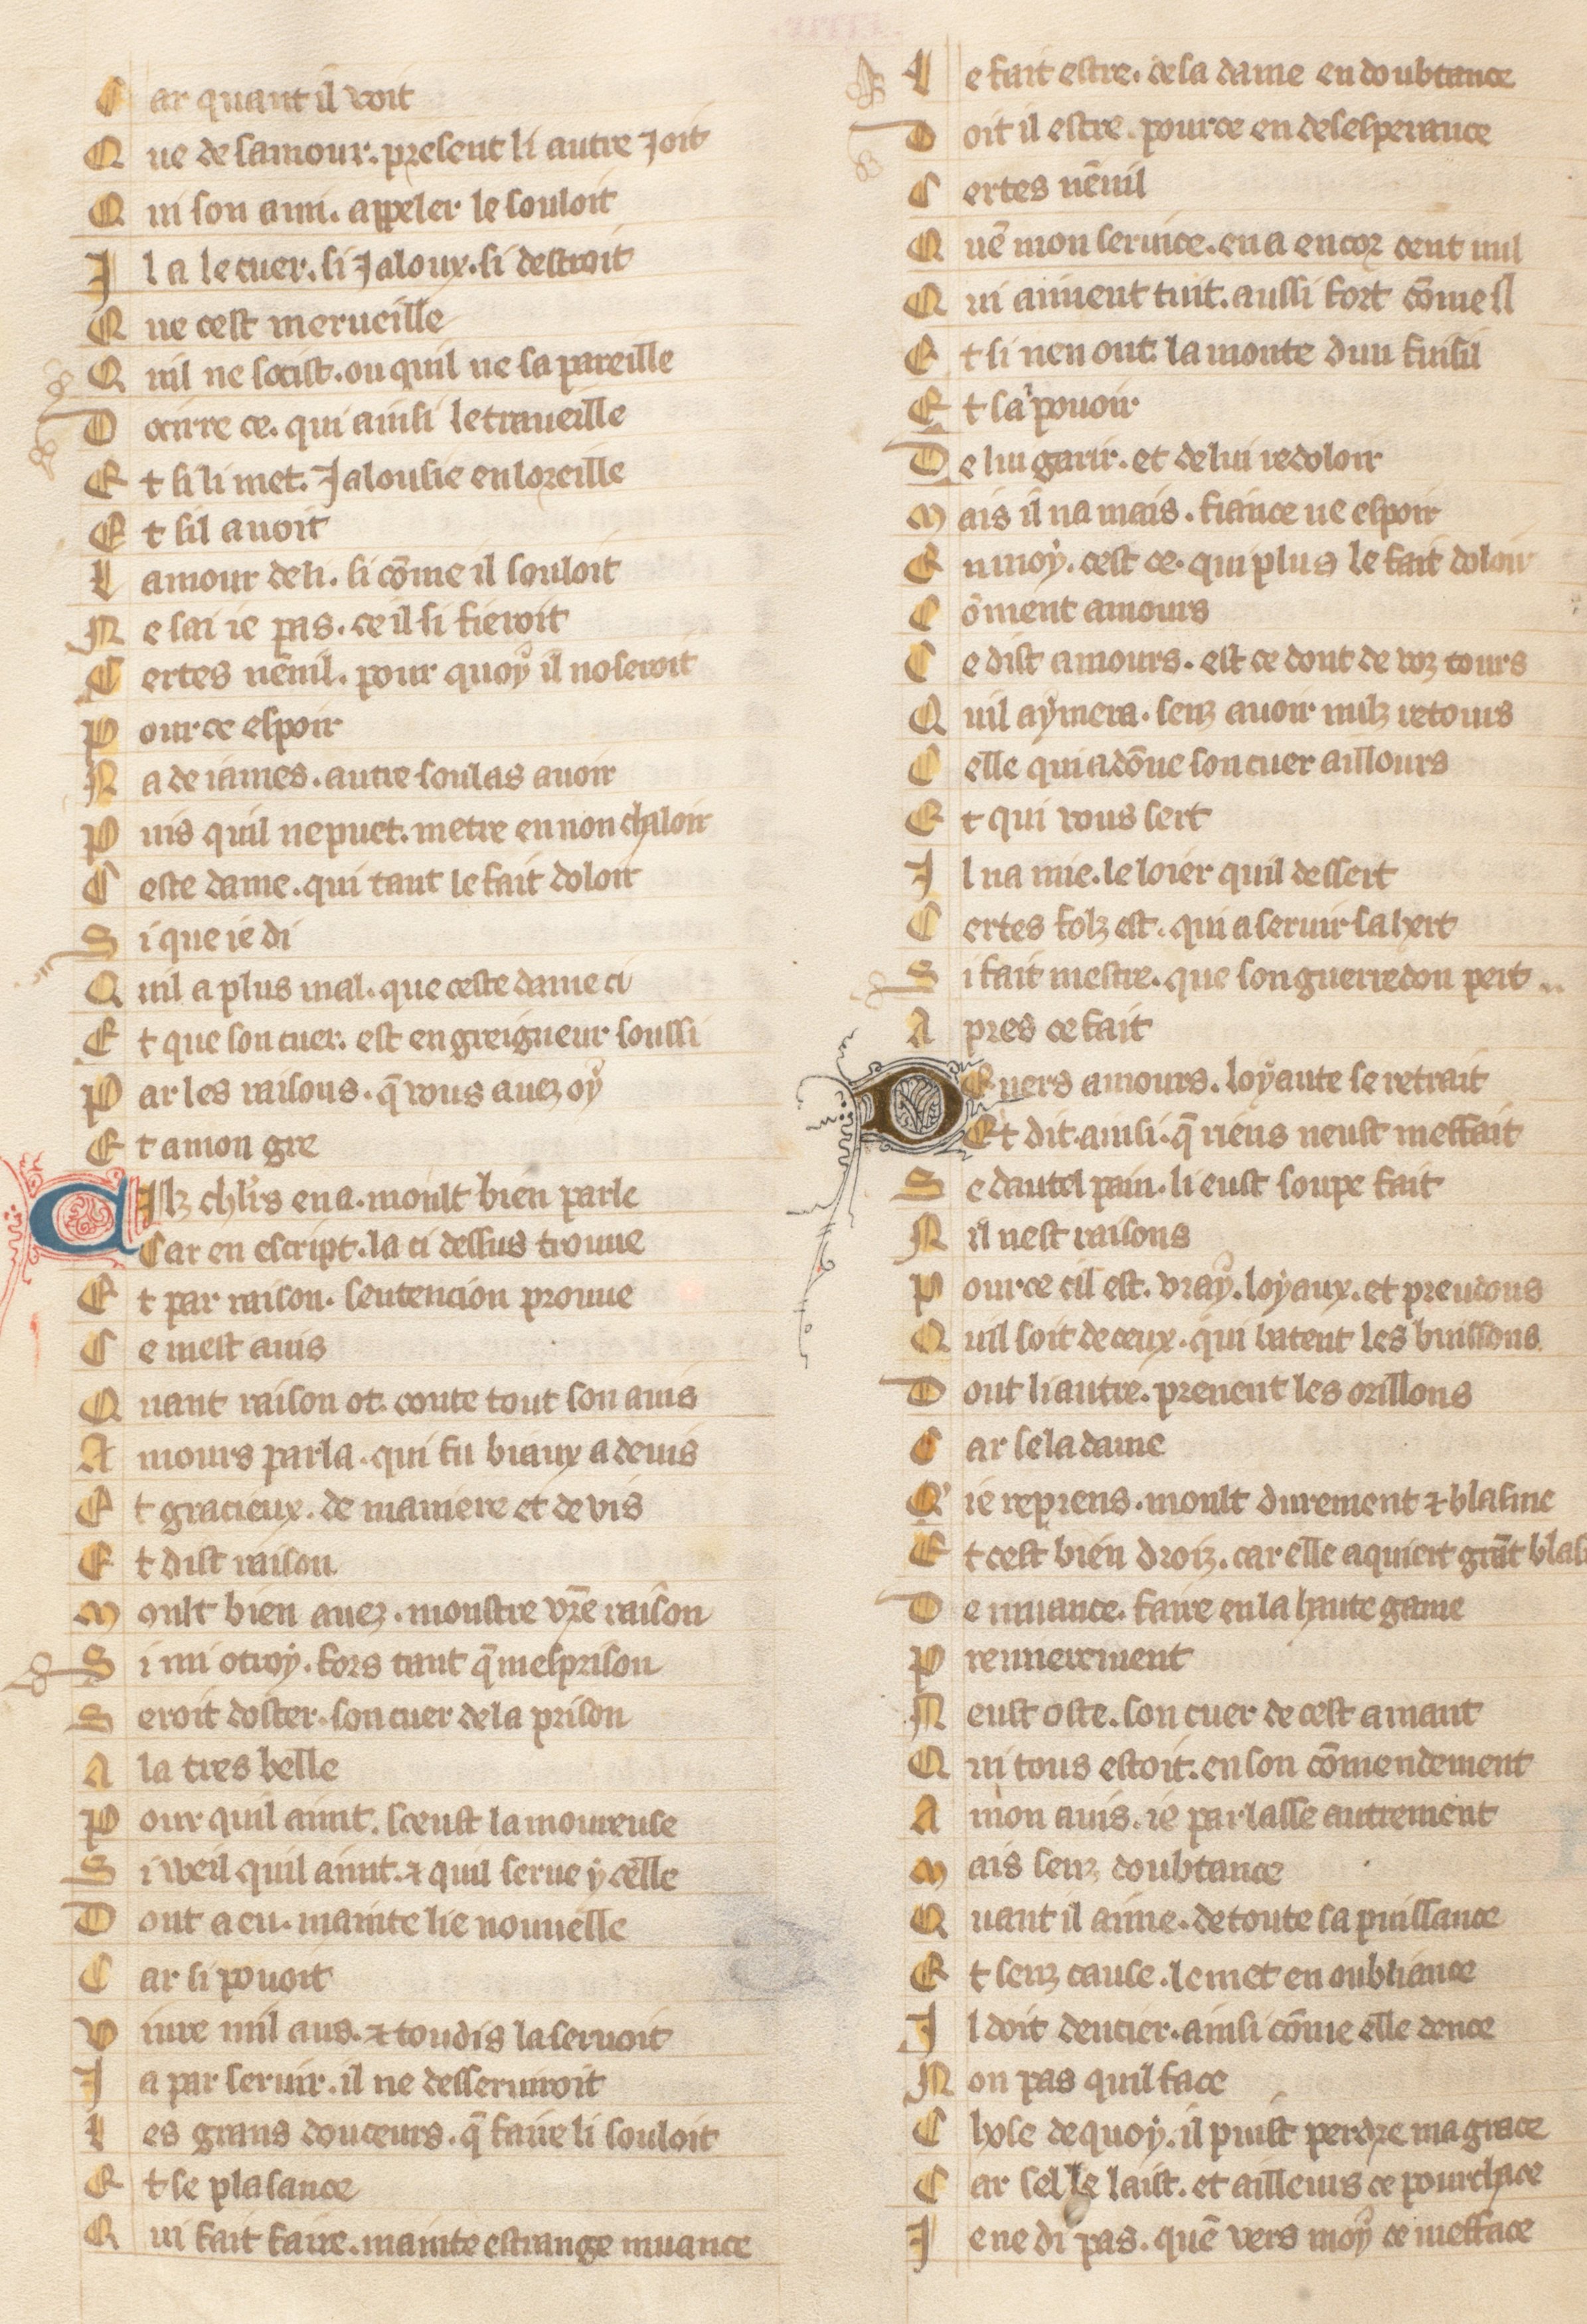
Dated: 1371–1371